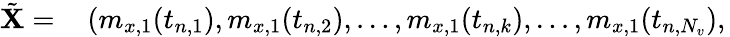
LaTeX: \begin{array}{rl}{\tilde{\mathbf{X}}=}&{{}\left(m_{x,1}(t_{n,1}),m_{x,1}(t_{n,2}),\ldots,m_{x,1}(t_{n,k}),\ldots,m_{x,1}(t_{n,N_{v}}),\right.}\end{array}